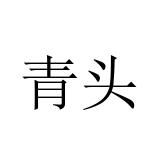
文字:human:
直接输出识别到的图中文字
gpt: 青头